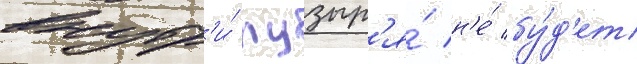
внутр'и́ пузыр'я́ н'е́ бу́д'ет